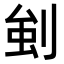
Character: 𭃳